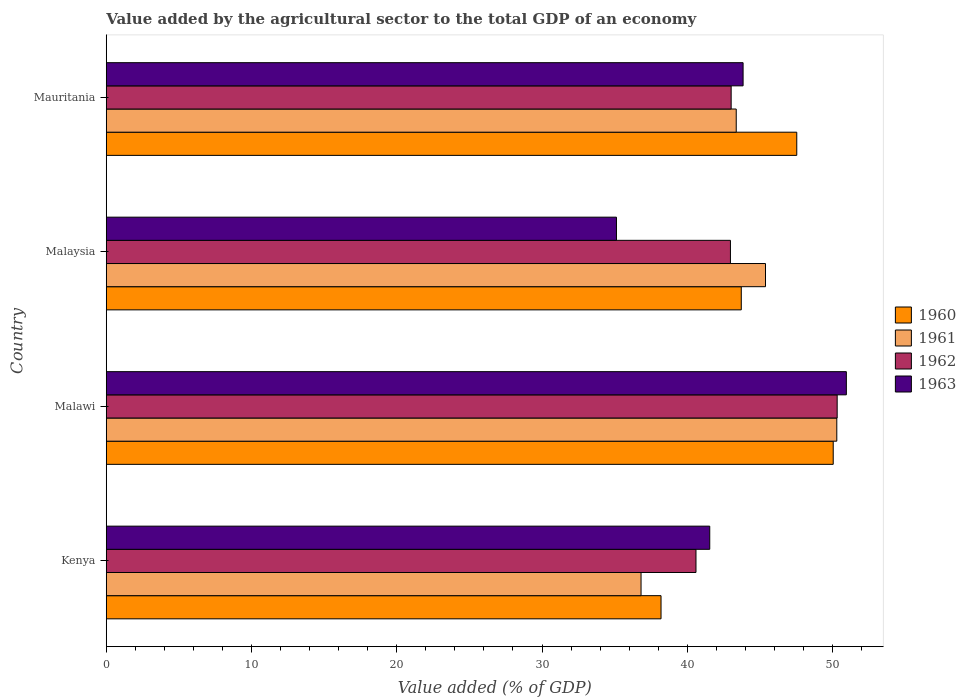
| Country | 1960 | 1961 | 1962 | 1963 |
 | --- | --- | --- | --- | --- |
 | Kenya | 38.2 | 36.8 | 40.6 | 41.5 |
 | Malawi | 50 | 50.3 | 50.3 | 50.9 |
 | Malaysia | 43.7 | 45.4 | 43 | 35.1 |
 | Mauritania | 47.5 | 43.4 | 43 | 43.8 |